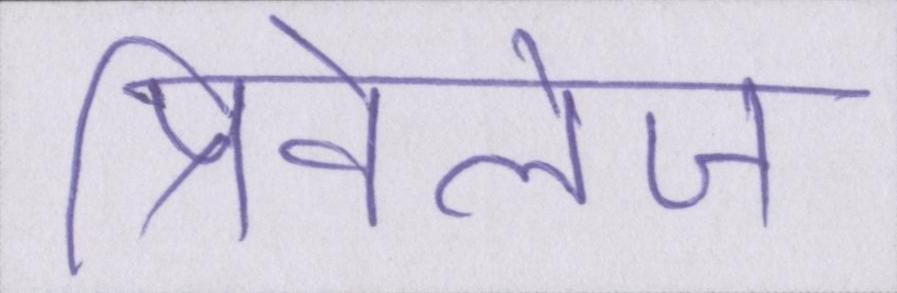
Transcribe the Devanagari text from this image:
प्रिविलेज